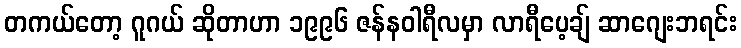
တကယ်တော့ ဂူဂယ် ဆိုတာဟာ ၁၉၉၆ ဇန်နဝါရီလမှာ လာရီပေ့ချ် ဆာဂျေးဘရင်း